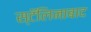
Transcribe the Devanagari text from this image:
स्टॅलिनाबाद